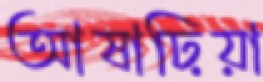
আষাঢ়িয়া